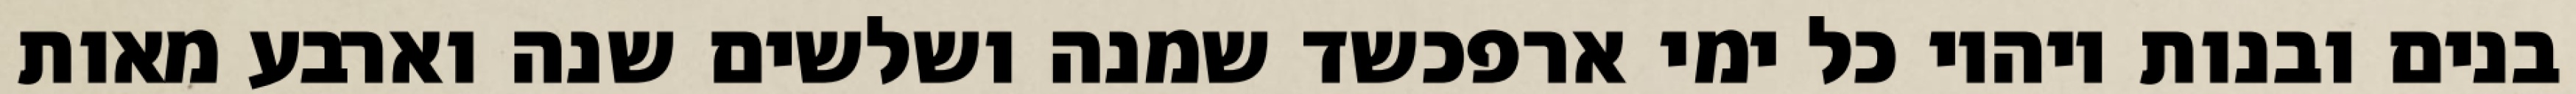
בנים ובנות ויהיו כל ימי ארפכשד שמנה ושלשים שנה וארבע מאות